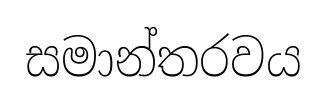
සමාන්තරවය